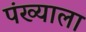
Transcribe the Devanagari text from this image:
पंख्याला